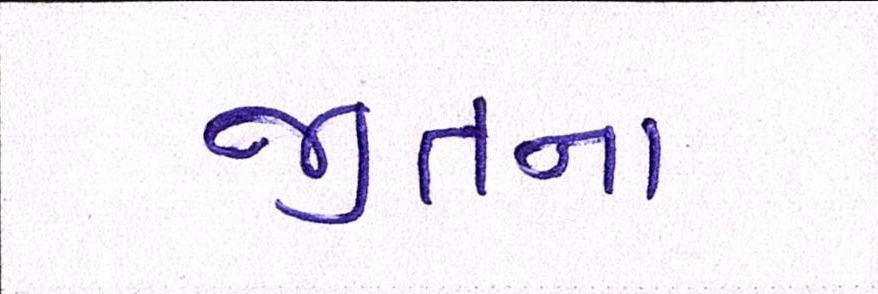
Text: જીતના